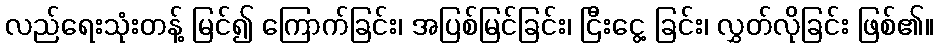
လည်ရေးသုံးတန့် မြင်၍ ကြောက်ခြင်း၊ အပြစ်မြင်ခြင်း၊ ငြီးငွေ့ ခြင်း၊ လွှတ်လိုခြင်း ဖြစ်၏။